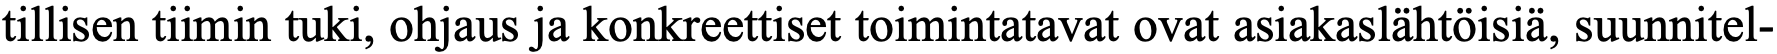
tillisen tiimin tuki, ohjaus ja konkreettiset toimintatavat ovat asiakaslähtöisiä, suunnitel-